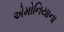
એમોનિયાના